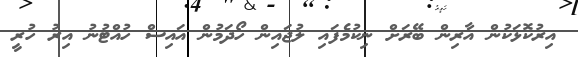
އިރުކޮޅަކުން އާރިން ބޭރަށް ނިކުމެފައި ލުޖައިން ހޯދަމުން އައިސް ހުއްޓުނު އިރު ހުރީ